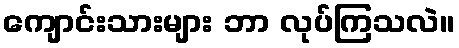
ကျောင်းသားများ ဘာ လုပ်ကြသလဲ။